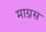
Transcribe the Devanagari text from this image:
माग्नस